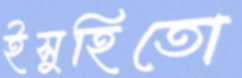
ইসুহিতো